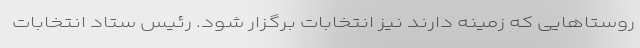
روستاهایی که زمینه دارند نیز انتخابات برگزار شود. رئیس ستاد انتخابات